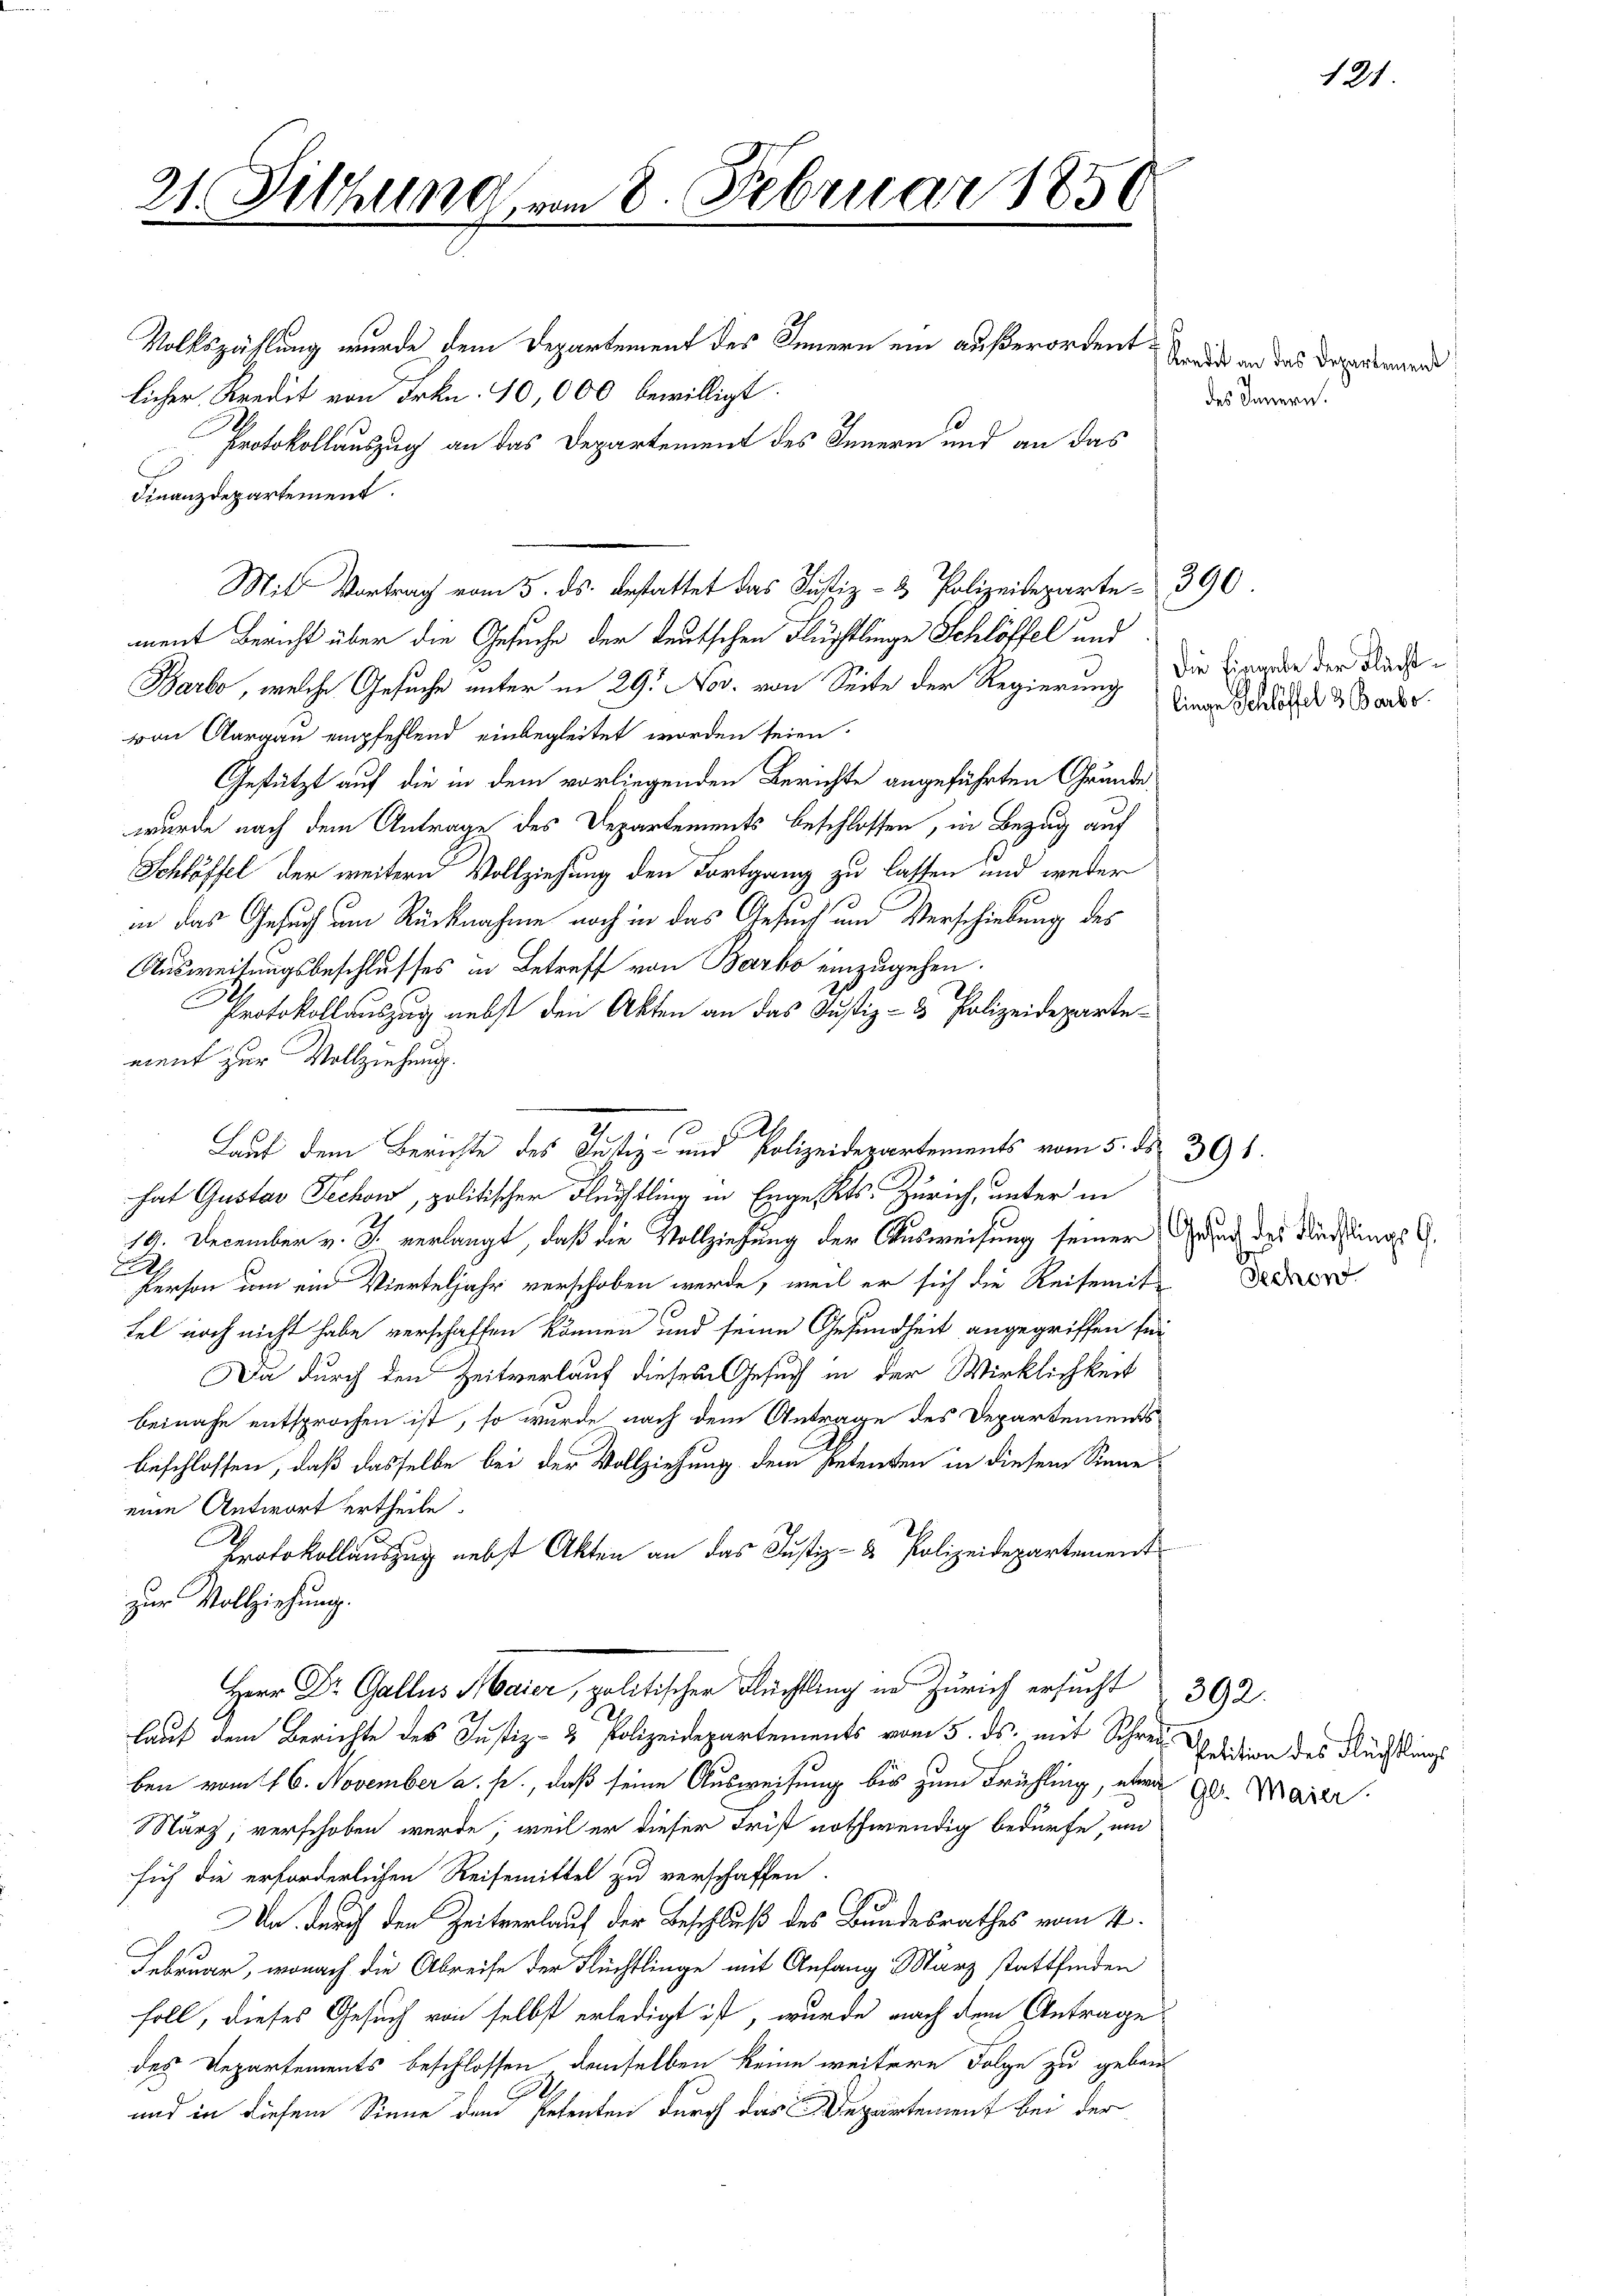
21. Filzung vom 8. Februar 1850

Finanzdepartement.

Volkszählung wurde dem Departement des Innern ein außerordent
licher Kredit von Frkn. 10,000 bewilligt.
Protokollauszug an das Departement des Innern und an das
C
Mit Vortrag vom 5. ds. bestattet das Justiz- & Polizeideparte 390.
ment Bericht über die Gesuche der deutschen Flüchtlinge Schlöffel und
Barbo, welche Gesuche unter in 29. Nov. von Seite der Regierung die Liegen der Radvon Aargau empfehlend einbegleitet worden seien.
Gestützt auf die in dem vorliegenden Berichte angeführten Grunde
wurde nach dem Antrage des Departements beschlossen, in Bezug auf
Schlöffel der weitern Vollziehung den Fortgang zu lassen und weder
in das Gesuch um Rücknahme noch in das Gesuch und Verschiebung des
Ausweisungsbeschlusses in Betreff von Barbo einzugehen.
Protokollauszug nebst den Akten an das Justiz- & Polizeidepartement zur Vollziehung.
hat Gustav Pechow, politischer Flüchtling in Engelts. Zürich, unter in
19. December v. J. verlangt, daß die Vollziehung der Ausweisung seiner Grund des Nachtungs G.
.
Person um ein Vierteljahr verschoben werde, weil er sich die Reisemit
fel noch nicht habe verschaffen können und seine Gesundheit angegriffen sei
Da durch den Zeitverlauf diesem Gesuch in der Wirklichkeit
Beinahe entsprochen ist, so wurde nach dem Antrage des Departements
beschlossen, daß dasselbe bei der Vollziehung dem Petenten in diesem Sinne
eine Antwort ertheile.
Protokollauszug nebst Akten an das Justiz- & Polizeidepartement
zur Vollziehung.
Herr Dr. Gallus Marer, politischer Flüchtling in Zürich ersucht 392.
lauf dem Berichte des Justiz- & Polizeidepartements vom 5. ds. mit Schrei Odition des Flüchtlings
ben vom 16. November a. p., daß seine Ausweisung bis zum Frühling, etwa gl. Maier
März, verschoben werde, weil er dieser Frist nothwendig bedürfe, und
sich die erforderlichen Reisemittel zu verschaffen
Un durch den Zeitverlauf der Beschluß des Bundesrathes vom 4.
Februar, wonach die Abreise der Flüchtlinge mit Anfang März stattfinden
soll, dieses Gesuch von selbst erledigt ist, wurde nach dem Antrage
des Departements beschlossen demselben keine weitere Folge zu geben
und in diesem Sinne den Petenten durch das Departement bei der

Lauf dem Berichte des Justiz- und Polizeidepartements vom 5. ds. 391.

7 Kredit an das Departement
des Innern.

1211

linge Schlöffel 3 Barbo

Dechen